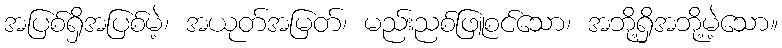
အပြစ်ရှိအပြစ်မဲ့၊ အယုတ်အမြတ်၊ မည်းညစ်ဖြူစင်သော၊ အဘို့ရှိအဘို့မဲ့သော။